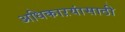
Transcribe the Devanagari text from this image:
अधिकाऱयांसाठी